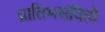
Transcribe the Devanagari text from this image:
प्रातिभसंवित्यै